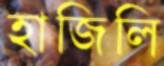
হাজিলি